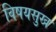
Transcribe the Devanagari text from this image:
विषयसुख